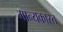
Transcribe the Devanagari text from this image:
मान्यकारत